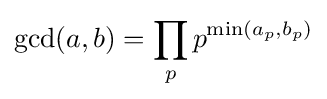
\gcd(a,b)=\prod _{p}p^{\min(a_{p},b_{p})}